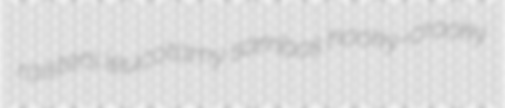
roisters leucotomy sambos hooky-crooky